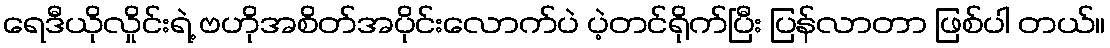
ရေဒီယိုလှိုင်းရဲ့ ဗဟိုအစိတ်အပိုင်းလောက်ပဲ ပဲ့တင်ရိုက်ပြီး ပြန်လာတာ ဖြစ်ပါ တယ်။